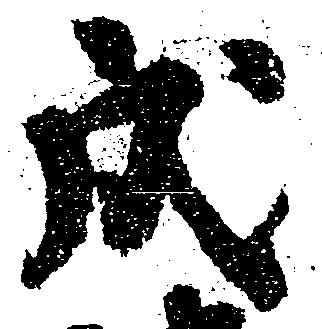
戌